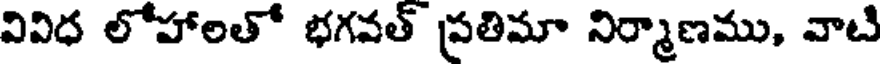
వివిధ లోహాలతో భగవత్ ప్రతిమా నిర్మాణము, వాటి